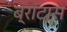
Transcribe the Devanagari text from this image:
ब्रांटास